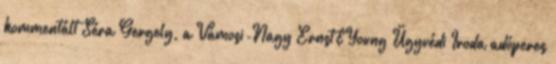
kommentált Séra Gergely, a Vámosi-Nagy Ernst&Young Ügyvédi Iroda adóperes